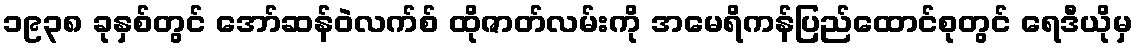
၁၉၃၈ ခုနှစ်တွင် အော်ဆန်ဝဲလက်စ် ထိုဇာတ်လမ်းကို အမေရိကန်ပြည်ထောင်စုတွင် ရေဒီယိုမှ